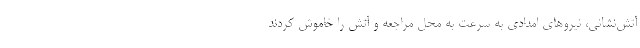
آتش‌نشانی، نیروهای امدادی به سرعت به محل مراجعه و آتش را خاموش کردند